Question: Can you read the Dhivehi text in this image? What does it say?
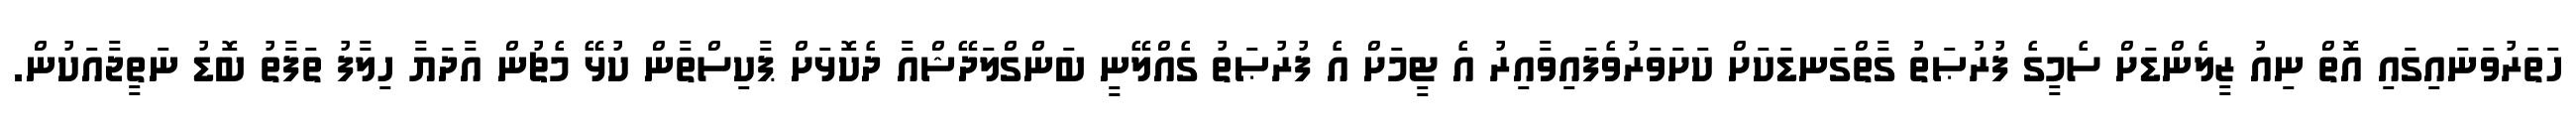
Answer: ހަތަރުވަނައިގައި އޮތް ނިއު ޒީލެންޑަށް ސެމީގެ ފުރުޞަތު ގާތްގަނޑަކަށް ކަށަވަރުވެފައިވާއިރު އެ ޓީމަށް އެ ފުރުޞަތު ގެއްލޭނީ ބަންގްލަދޭޝްއާ ދެކޮޅަށް ޕާކިސްތާން ކުޅޭ މެޗުން އާދަޔާ ހިލާފު ތަފާތު ބޮޑު ނަތީޖާއަކުން.